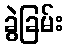
ခွဲခြမ်း